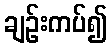
ချဉ်းကပ်၍